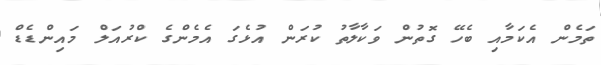
ތަމެން އެކަމާއި ބެހޭ ގޮތުން ވަކާލާތު ކުރަން އުޅެގަ އެމެންގެ ކްރުއަލް މައިންޑެޑް